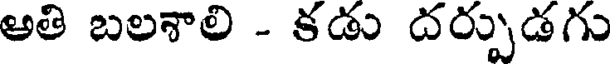
అతి బలశాలి - కడు దర్పుడగు